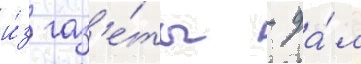
и́з газ'е́ты - да́л